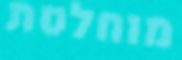
מוחלטת